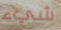
شيء